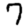
Digit: 7